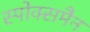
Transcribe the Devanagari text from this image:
स्पोक्समैन